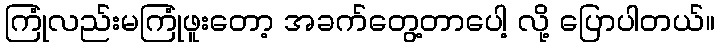
ကြုံလည်းမကြုံဖူးတော့ အခက်တွေ့တာပေါ့ လို့ ပြောပါတယ်။